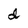
Character: d